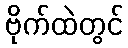
ဗိုက်ထဲတွင်